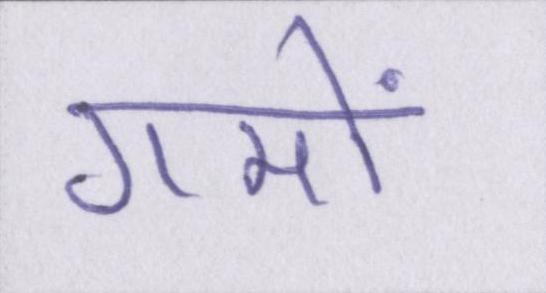
गमों